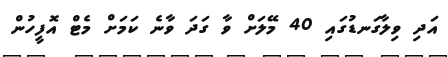
އަދި ވިލާގަނޑުގައި 40 މޭލަށް ވާ ގަދަ ވާނެ ކަމަށް މެޓް އޮފީހުން